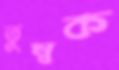
তুম্বক